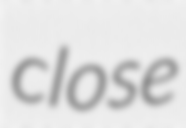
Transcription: close